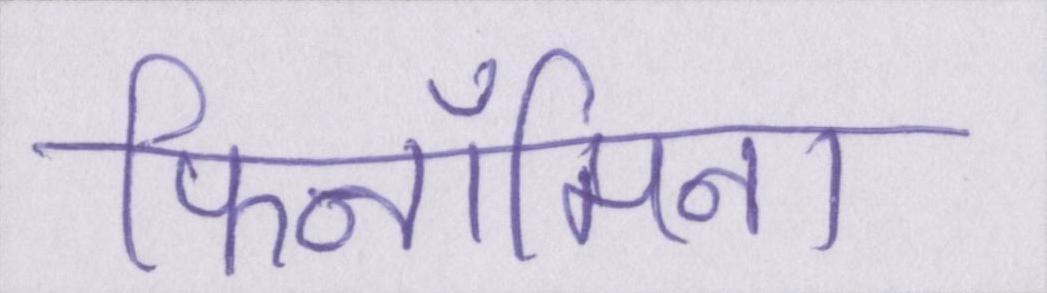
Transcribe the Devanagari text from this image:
फिनॉमिना